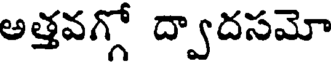
అత్తవగ్గో ద్వాదసమో